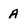
Character: A